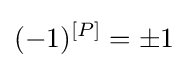
(-1)^{[P]}=\pm 1